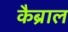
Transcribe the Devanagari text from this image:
कैब्राल